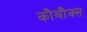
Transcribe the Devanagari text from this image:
कौबौक्स